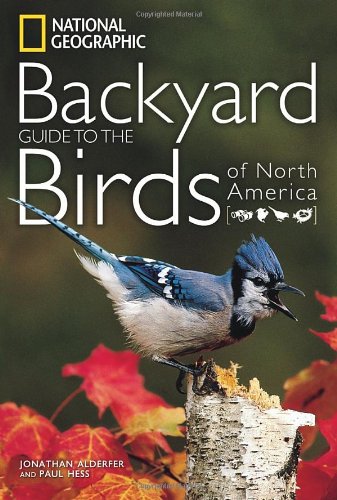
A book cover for National Geographic Backyard Guide to the Birds of North America (National Geographic Backyard Guides); Jonathan Alderfer; Science & Math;